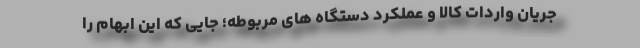
جریان واردات کالا و عملکرد دستگاه های مربوطه؛ جایی که این ابهام را